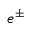
e ^ { \pm }